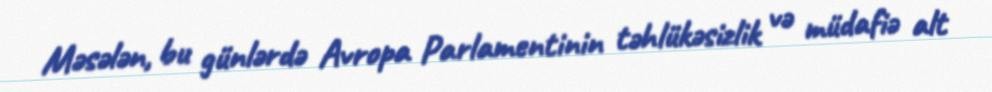
Məsələn, bu günlərdə Avropa Parlamentinin təhlükəsizlik və müdafiə alt